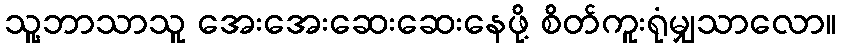
သူ့ဘာသာသူ အေးအေးဆေးဆေးနေဖို့ စိတ်ကူးရုံမျှသာလော။